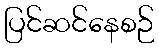
ပြင်ဆင်နေစဉ်